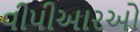
વીપીઆરઓ